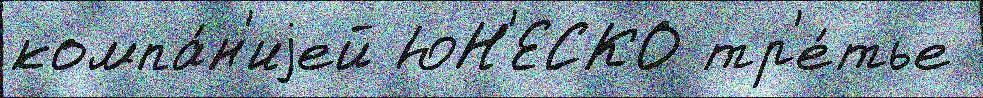
компа́н'иjей ЮН'ЕСКО тр'е́тье